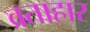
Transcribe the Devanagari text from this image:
व्रताहार